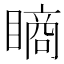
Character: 𥊔